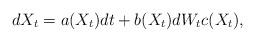
LaTeX: \begin{align*}dX_t = a(X_t)dt + b(X_t)dW_tc(X_t),\end{align*}